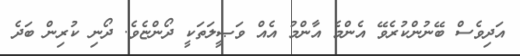
އަދިވެސް ބޭނުންކުރެވޭ އެންމެ އާންމު އެއް ވަޞީލަތަކީ ދޯންޏެވެ. ދޯނި ކުރިން ބަދެ